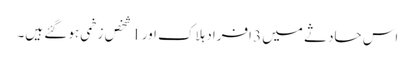
اس حادثے میں 3 افراد ہلاک اور 1 شخص زخمی ہو گئے ہیں۔